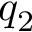
q _ { 2 }